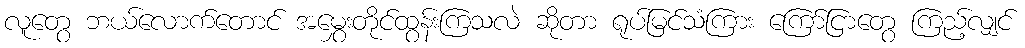
လူတွေ ဘယ်လောက်တောင် အမွှေးတိုင်ထွန်းကြသလဲ ဆိုတာ ရုပ်မြင်သံကြား ကြော်ငြာတွေ ကြည့်လျှင်